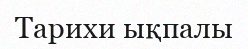
Тарихи ықпалы